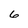
Character: 6